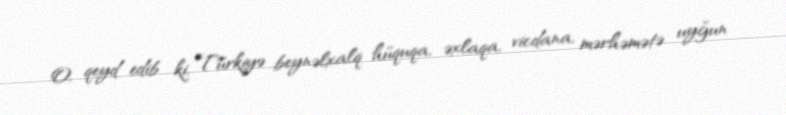
O, qeyd edib ki, Türkiyə beynəlxalq hüquqa, əxlaqa, vicdana, mərhəmətə uyğun